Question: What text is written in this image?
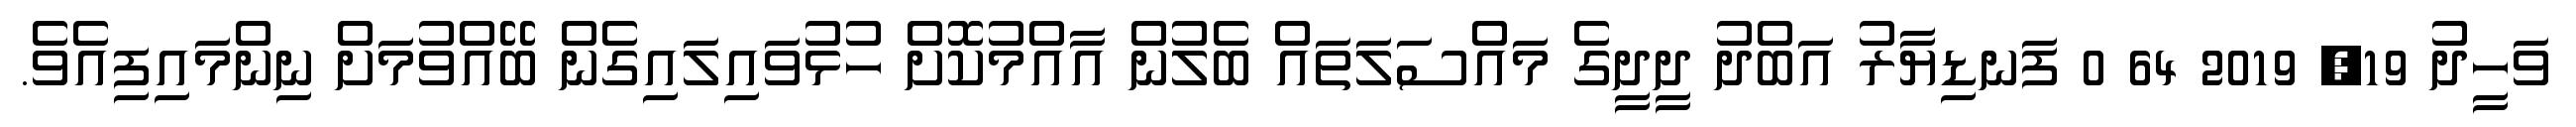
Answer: ވަހީދު 19, 2019 64 0 ފަނޑިޔާރު އަބްދު ދީދީގެ މައްސަލަތައް ބެލުން އާއްމުކޮށް ހުޅުވައިލައިގެން ބޭއްވުމަށް ނިންމައިފިއެވެ.